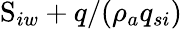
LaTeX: \mathrm{S}_{iw}+q/(\rho_{a}q_{si})